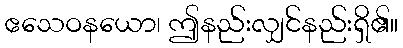
ဧသေဝနယော၊ ဤနည်းလျှင်နည်းရှိ၏။